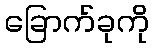
ခြောက်ခုကို